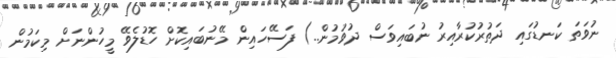
ނުވަތަ ކަނޑުގައި ދަތުރުކުރާއިރު ނުބައިވަސް ދުވުމުން..) ފަސޭހައިން މޭނުބައިކޮށް ހޮޑުލެވޭ މީހުންނަށް މިކަމުން